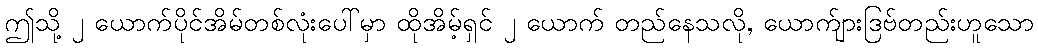
ဤသို့ ၂ ယောက်ပိုင်အိမ်တစ်လုံးပေါ်မှာ ထိုအိမ့်ရှင် ၂ ယောက် တည်နေသလို, ယောက်ျားဒြဗ်တည်းဟူသော